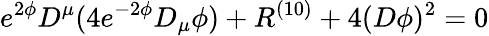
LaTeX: e^{2\phi}D^{\mu}(4e^{-2\phi}D_{\mu}\phi)+R^{(10)}+4(D\phi)^{2}=0